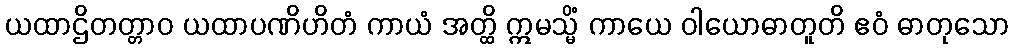
ယထာဌိတတ္တာဝ ယထာပဏိဟိတံ ကာယံ အတ္ထိ ဣမသ္မိံ ကာယေ ဝါယောဓာတူတိ ဧဝံ ဓာတုသော